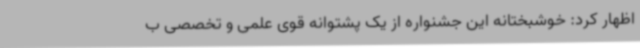
اظهار کرد: خوشبختانه این جشنواره از یک پشتوانه قوی علمی و تخصصی ب